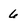
Character: 6